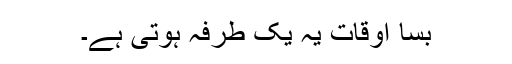
بسا اوقات یہ یک طرفہ ہوتی ہے۔